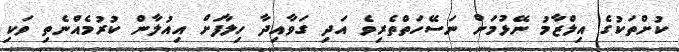
ކުށްތަކުގެ އިލްޒާމު ނޭޅުމަށް ނަސޭހަތްތެރިވެ އަދި ގަވާއިދާ ހިލާފަށް އިއުލާން ކުރުމެއްނެތި ވަކި